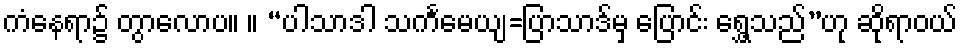
ကံနေရာ၌ တွာလောပ။ ။ “ပါသာဒါ သင်္ကမေယျ=ပြာသာဒ်မှ ပြောင်း ရွှေ့သည်”ဟု ဆိုရာဝယ်